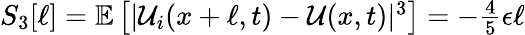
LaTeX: \begin{array}{r}{S_{3}[\ell]=\mathbb{E}\left[|\mathcal{U}_{i}(x+\ell,t)-\mathcal{U}(x,t)|^{3}\right]=-\frac{4}{5}\epsilon\ell}\end{array}